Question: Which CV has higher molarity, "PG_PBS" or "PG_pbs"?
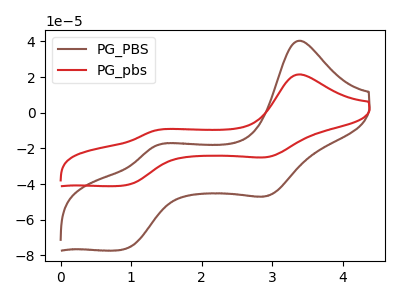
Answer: <think>The brown curve "PG_PBS" has anodic peaks at (3.40V, 40.45uA) (1.35V, -18.65uA) and cathodic peaks at (2.95V, -46.30uA) (0.90V, -76.65uA). The red curve "PG_pbs" has anodic peaks at (3.40V, 21.55uA) (1.35V, -9.90uA) and cathodic peaks at (2.95V, -24.65uA) (0.90V, -40.80uA).
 All the peaks in "PG_PBS" have a peak in "PG_pbs" at the same potential.</think>
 <answer>I cant tell if "PG_PBS" or "PG_pbs" has higher concentration.</answer>
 <eval>mixed_concentration</eval>